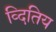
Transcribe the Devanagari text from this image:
व्दितिय